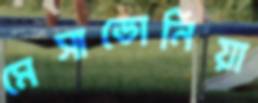
মেসাডোনিয়া